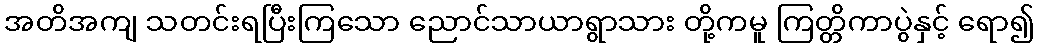
အတိအကျ သတင်းရပြီးကြသော ညောင်သာယာရွာသား တို့ကမူ ကြတ္တိကာပွဲနှင့် ရော၍